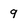
Character: 9